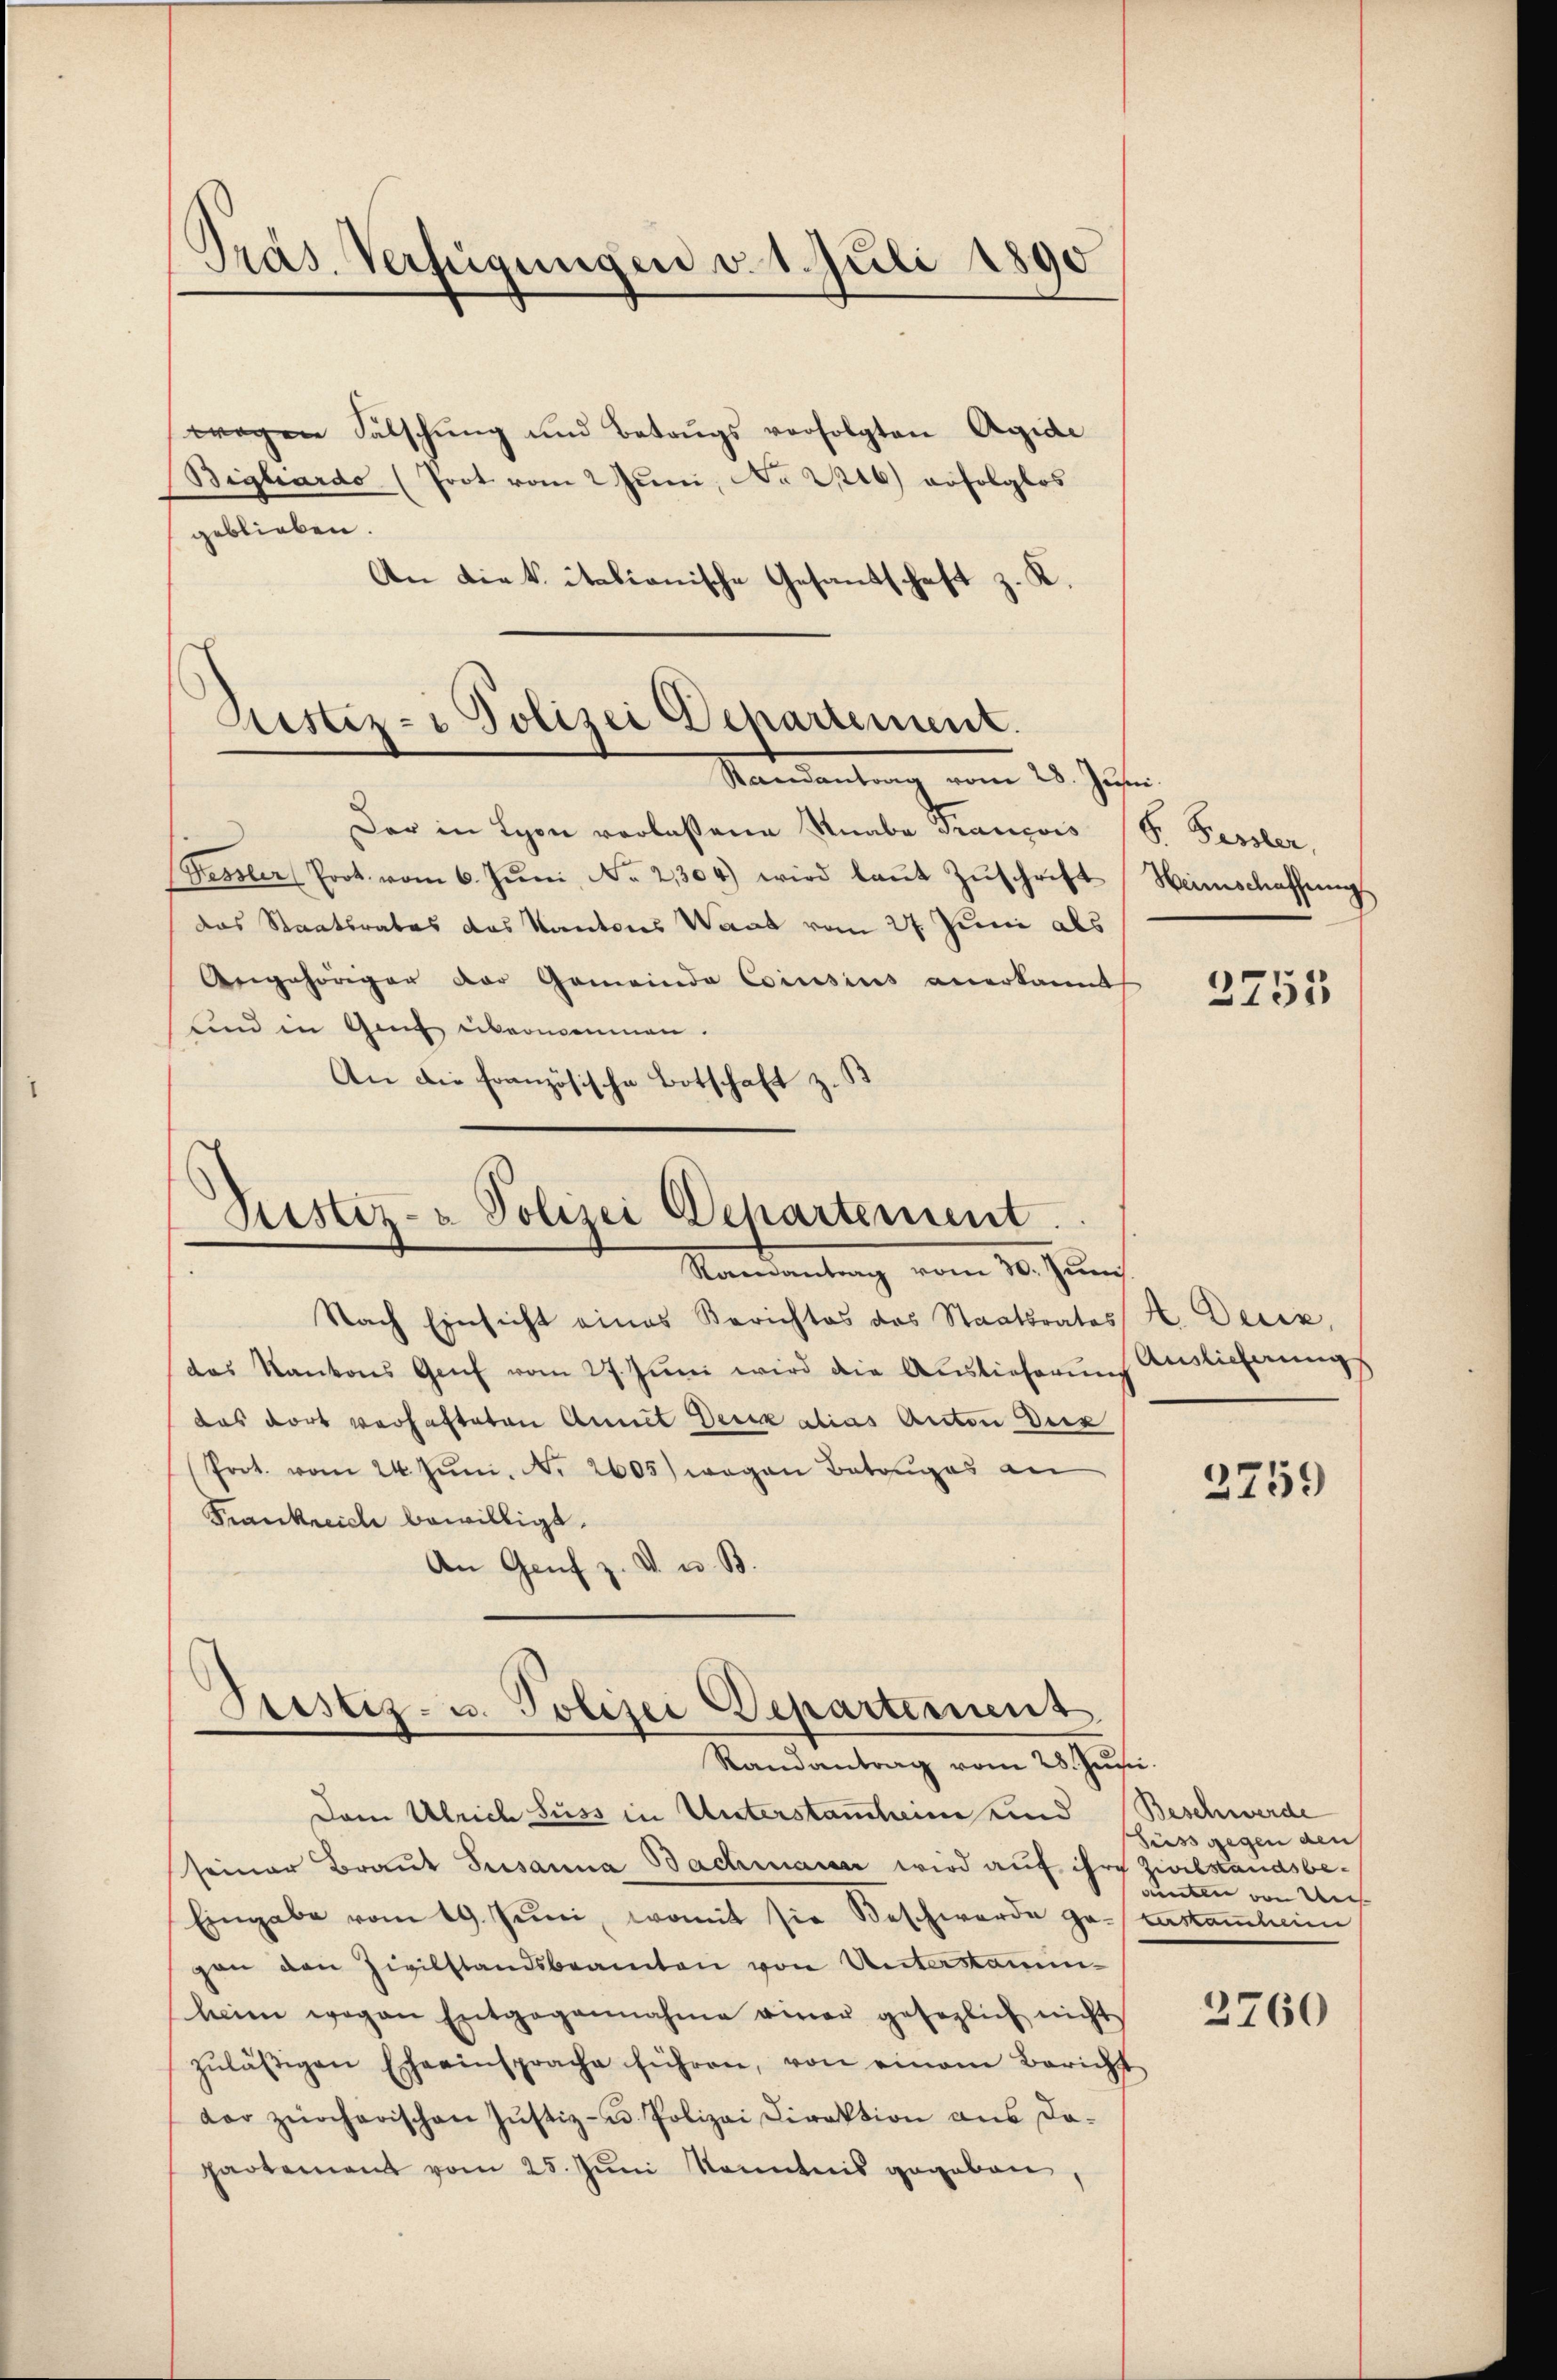
Pras. Verfügungen v. 1. Juli 1890

wegen Fälschung und Betrugs verfolgten Agide
Bigliardo (Poot vom 2 Juni, No 216) erfolglos
geblieben.
An Liek italianische Gesandschaft z. K.

Rustiz- & Polizei Departement.
Randantrag vom 28. Jus

Der in Lyon verlassene Knabe Francois (S. Fessler,
Fessler Prot. vom 6. Jŭni, No. 21304) wird laŭt Zŭschrift
das Staatsrates das Kantons Wart vom 27. Juni als
Angehöriger der Gemeinde Cousius anerkannt
und in Gant übernennen.
An die Französische Botschaft z.

Zustiz- & Polizei Departement.
Mandantung vom 10. Juni

Nach Einsicht eines Berichtes des Staatsrates H. Deciz,
das Kantons Genf vom 27. Juni wird die Auslieferun
das dort verhafteten Annit Deine alias Anton Dez
(Prot. vom 24. Jŭni. N. 2605) wegen Betrages an
Frankreich bewilligt.
An Genf z. V. u. B.

Pristiz- u. Polizei Departement
Randantrag vom 28. Junii

Heimschaffung

Dem Ulrich Suss in Unterstanchein und Beschwerde
seiner Braut Susanna Bachmann wird auf ihre Zivilstandsbe¬
Eingabe vom 19. Juni, womit sie Beschwerde ge- Zustammheim
gen den Zivilstandsbeamten von Unterstammheim wegen Entgegennahme einer gesezlich nicht
zŭläsigen Eheeinsprache führen, von einem Bericht
dar zürcherischen Justiz- u. Polizei Direktion aus da-
partement vom 25. Jŭni Kenntnis gegeben,

2755

Auslieferungs

3759

Süss gegen den
mten von Un

2760